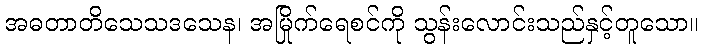
အဓတာတိသေသဒသေန၊ အမြိုက်ရေစင်ကို သွန်းလောင်းသည်နှင့်တူသော။